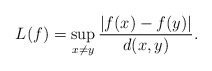
\begin{align*} L(f) = \sup_{x\ne y}\frac{|f(x)-f(y)|}{d(x,y)}.\end{align*}